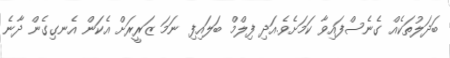
ބަދަލުތަކެއް ގެނެސްފައިވާ ކަމަށެވެ.އަދި ފިލްމް ބަލައިފި ނަމަ ޒަރީރަށް އެކަން އެނގިގެން ދާނެ